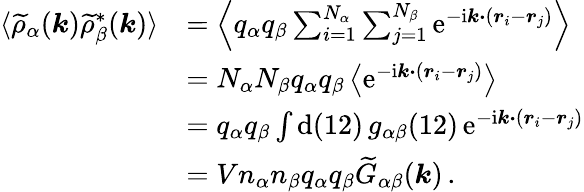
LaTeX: \begin{array}{rl}{\langle\widetilde{\rho}_{\alpha}(\boldsymbol{k})\widetilde{\rho}_{\beta}^{*}(\boldsymbol{k})\rangle}&{=\left\langle q_{\alpha}q_{\beta}\sum_{i=1}^{N_{\alpha}}\sum_{j=1}^{N_{\beta}}\mathrm{e}^{-\mathrm{i}\boldsymbol{k\cdot}(\boldsymbol{r}_{i}-\boldsymbol{r}_{j})}\right\rangle}\\ &{=N_{\alpha}N_{\beta}q_{\alpha}q_{\beta}\left\langle\mathrm{e}^{-\mathrm{i}\boldsymbol{k\cdot}(\boldsymbol{r}_{i}-\boldsymbol{r}_{j})}\right\rangle}\\ &{=q_{\alpha}q_{\beta}\int\mathrm{d}(12)\, g_{\alpha\beta}(12)\, \mathrm{e}^{-\mathrm{i}\boldsymbol{k\cdot}(\boldsymbol{r}_{i}-\boldsymbol{r}_{j})}}\\ &{=Vn_{\alpha}n_{\beta}q_{\alpha}q_{\beta}\widetilde{G}_{\alpha\beta}(\boldsymbol{k})\, .}\end{array}